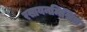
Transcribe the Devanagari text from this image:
रसायनमिश्रित